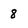
Character: 8